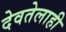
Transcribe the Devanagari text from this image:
देवतेलाही